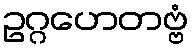
ဥဂ္ဂဟေတဗ္ဗံ